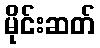
မိုင်းဆတ်